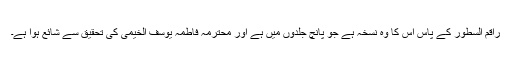
راقم السطور کے پاس اس کا وہ نسخہ ہے جو پانچ جلدوں میں ہے اور محترمہ فاطمہ یوسف الخیمی کی تحقیق سے شائع ہوا ہے۔